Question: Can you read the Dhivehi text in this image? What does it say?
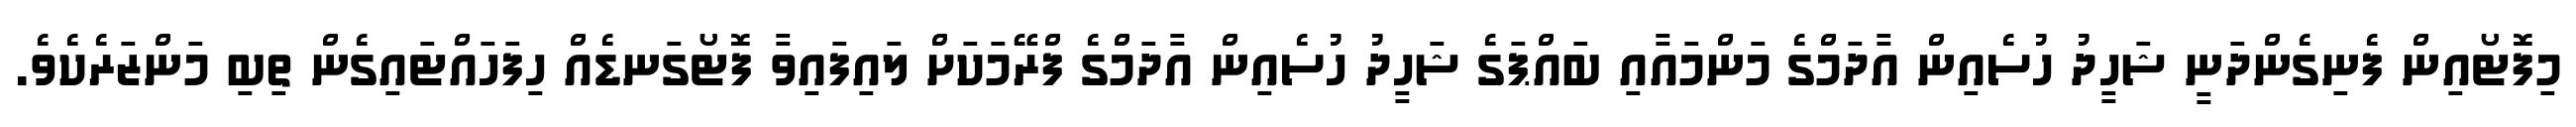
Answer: މިފޮޓޯއިން ފެނިގެންދަނީ ޝަހީދު ހުސެއިން އާދަމްގެ މަންމައާއި ބައްޕަގެ ޝަހީދު ހުސެއިން އާދަމްގެ ފްރޭމަކަށް ލައިފައިވާ ފޮޓޯގަނޑެއް ހިފަހައްޓައިގެން ތިބި މަންޒަރެކެވެ.